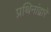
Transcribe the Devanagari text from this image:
प्रथिनांद्वारे